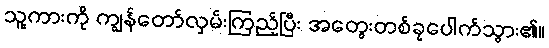
သူ့ကားကို ကျွန်တော်လှမ်းကြည့်ပြီး အတွေးတစ်ခုပေါက်သွား၏။